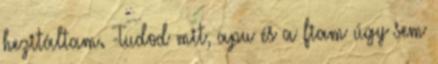
hezitáltam. -Tudod mit, apu és a fiam úgy sem